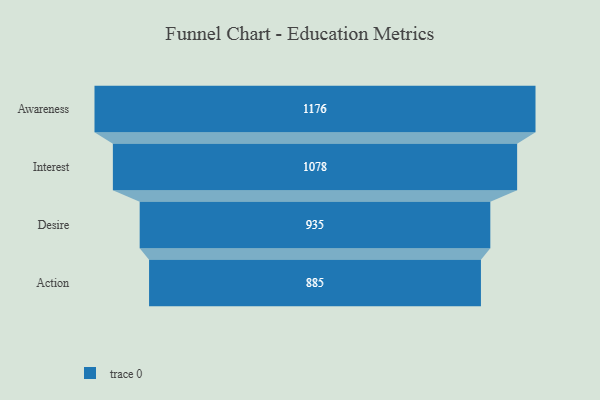
{"axis": {"x": "Stage", "y": "Value"}, "legend": [""], "data": [{"x": "Awareness", "y": 1176.0, "type": ""}, {"x": "Interest", "y": 1078.0, "type": ""}, {"x": "Desire", "y": 935.0, "type": ""}, {"x": "Action", "y": 885.0, "type": ""}]}